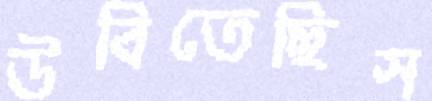
উবিতেছিস